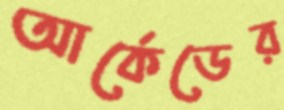
আর্কেডের